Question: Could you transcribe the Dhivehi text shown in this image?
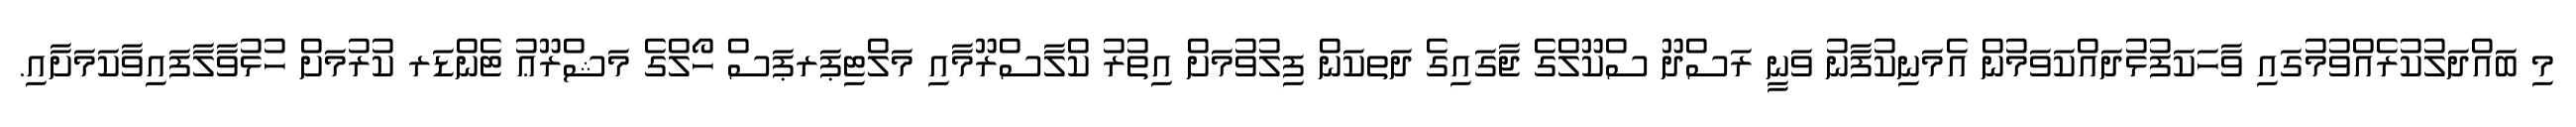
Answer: މި ބައްދަލުކުރެއްވުމުގައި ވާހަކަފުޅުދައްކަވަމުން އެމަނިކުފާނު ވަނީ ރަސްދޫ ސްކޫލްގެ ޖާގައިގެ ދަތކަން ފިލުވުމަށް އިތުރު ކްލާސްރޫމާއި މަލްޓިޕަރޕަސް ހޯލްގެ މަޝްރޫޢު ޓެންޑަރ ކުރުމަށް ހުޅުވާލާފައިވާކަމަށާއި.